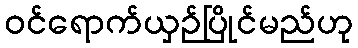
ဝင်ရောက်ယှဉ်ပြိုင်မည်ဟု